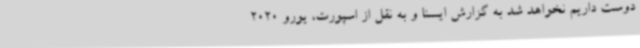
دوست داریم نخواهد شد به گزارش ایسنا و به نقل از اسپورت، یورو 2020